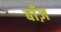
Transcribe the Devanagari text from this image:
बाँज़